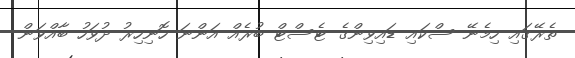
ތެރޭގައި ހިމެނޭ ސްކައި ޑައިވިންގެ ޓެސްޓް ބުރެއް އަންނަ ހޮނިހިރު ދުވަހު ބާއްވަން